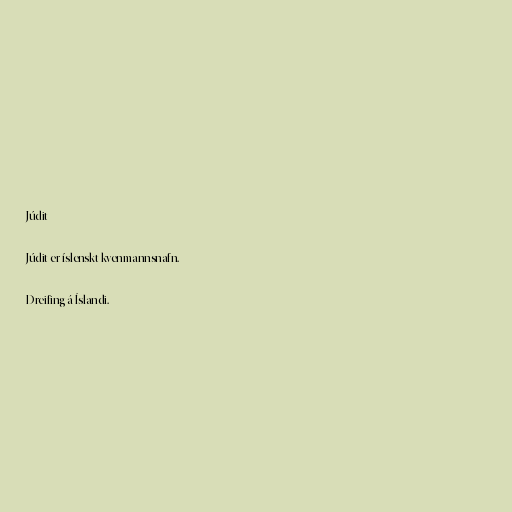
Júdit

Júdit er íslenskt kvenmannsnafn.

Dreifing á Íslandi.